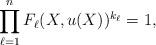
LaTeX: \begin{align*} \prod_{\ell = 1}^n F_{\ell}(X,u(X))^{k_{\ell}}=1,\end{align*}